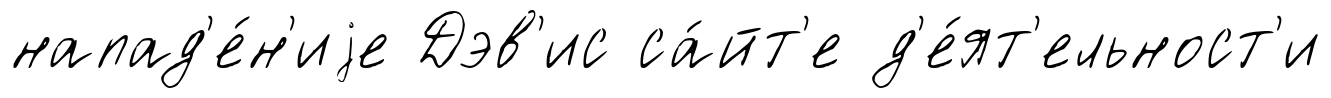
напад'е́н'иjе Дэв'ис са́йт'е д'е́ят'ельност'и